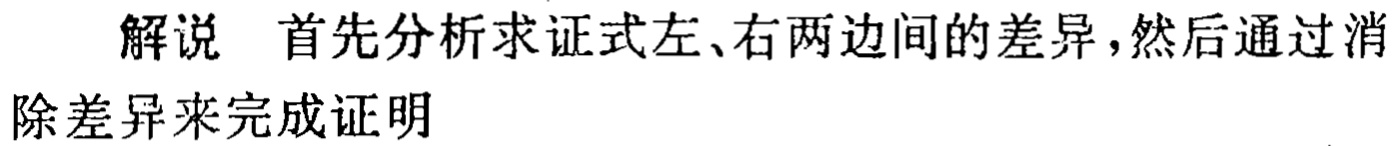
解说 首先分析求证式左、右两边间的差异，然后通过消除差异来完成证明